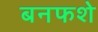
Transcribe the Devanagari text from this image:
बनफशे